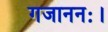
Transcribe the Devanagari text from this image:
गजाननः।